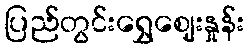
ပြည်တွင်းရွှေဈေးနှုန်း